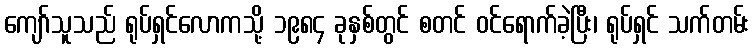
ကျော်သူသည် ရုပ်ရှင်လောကသို့ ၁၉၈၄ ခုနှစ်တွင် စတင် ဝင်ရောက်ခဲ့ပြီး၊ ရုပ်ရှင် သက်တမ်း